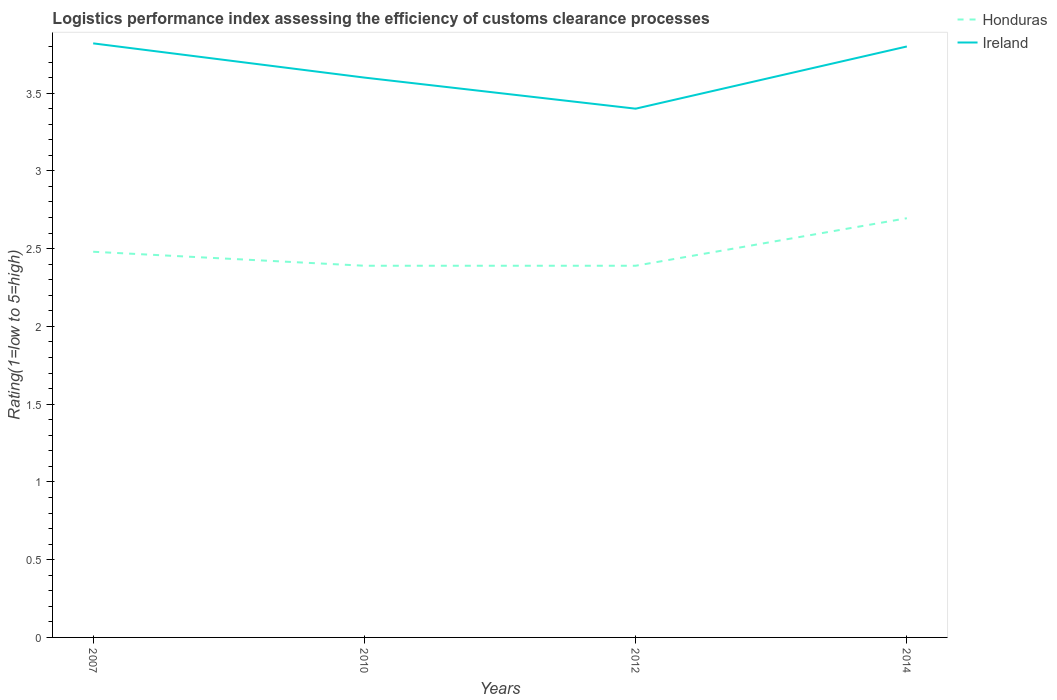
| Years | Honduras | Ireland |
 | --- | --- | --- |
 | 2007 | 2.48 | 3.82 |
 | 2010 | 2.39 | 3.6 |
 | 2012 | 2.39 | 3.4 |
 | 2014 | 2.7 | 3.8 |